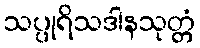
သပ္ပုရိသဒါနသုတ္တံ